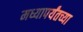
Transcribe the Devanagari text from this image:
मध्यापर्यंतच्या